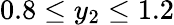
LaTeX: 0.8\leq y_{2}\leq 1.2